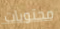
محتويات